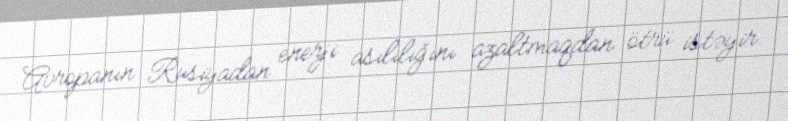
Avropanın Rusiyadan enerji asılılığını azaltmaqdan ötrü istəyir.